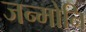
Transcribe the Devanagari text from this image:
जन्मोनि